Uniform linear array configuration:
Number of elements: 24
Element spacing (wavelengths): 0.5
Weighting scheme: uniform
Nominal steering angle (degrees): -15
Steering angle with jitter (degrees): -16.261
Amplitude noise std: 0.05
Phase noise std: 0.05

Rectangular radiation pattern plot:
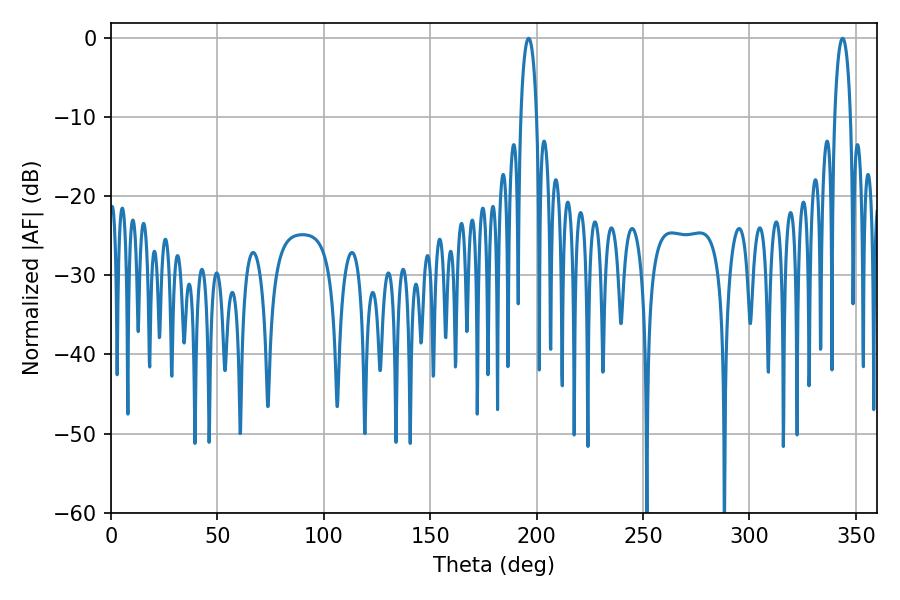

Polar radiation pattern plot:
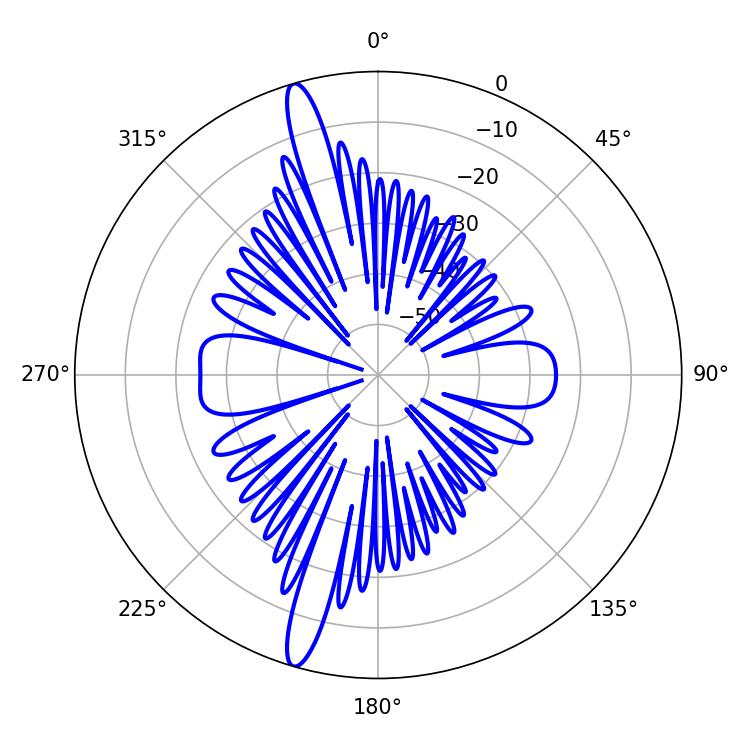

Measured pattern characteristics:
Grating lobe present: FALSE
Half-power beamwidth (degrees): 4.32
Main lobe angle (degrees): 196.2